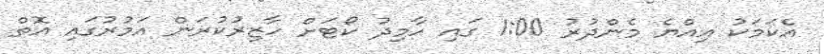
އެކަމަކު އިއްޔެ މެންދުރު 1:00 ގައި ހާމިދު ކޯޓަށް ހާޒިރުކުރަން އަމުރުގައި އޮތް